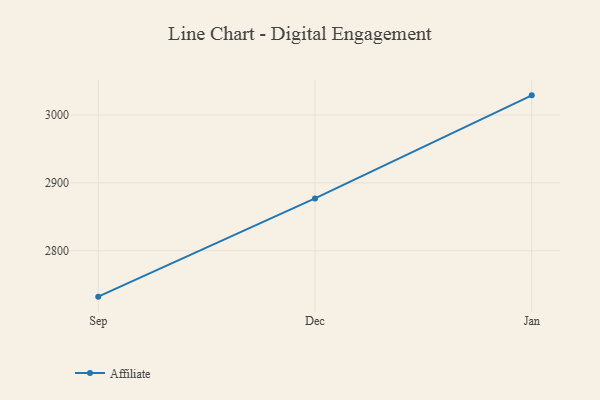
{"axis": {"x": "Month", "y": "Energy Usage (MWh)"}, "legend": ["Affiliate"], "data": [{"x": "Sep", "y": 2732.4, "type": "Affiliate"}, {"x": "Dec", "y": 2877.2, "type": "Affiliate"}, {"x": "Jan", "y": 3029.0, "type": "Affiliate"}]}